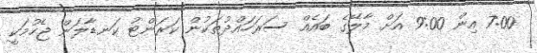
7:00 އިން 9:00 އަށް މާލޭގެ ބައެއް ސަރަހައްދުތަކުން ކަރަންޓު ކަނޑާލަން ޖެހުމަކީ